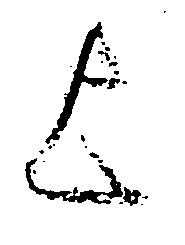
歟